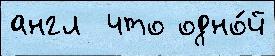
англ  что одно́й